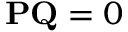
\mathbf { P Q } = 0